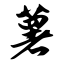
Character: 薯